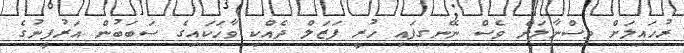
ރުހައިލަށް ވިސްނާލަން ވެސް ނޭނގިފައި ހުރީ ފަޒަލް ދެއްކި ވާހަކައިގެ ސަބަބުން އަރުފީނުގެ